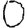
Digit: 0